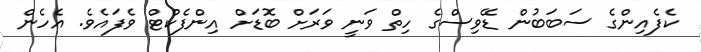
ކެފެއިންގެ ސަބަބުން ޑޭވިސްގެ ހިތް ވަނީ ވަރަށް ބޮޑަށް އިންފެކްޓް ވެފައެވެ. އެހެން